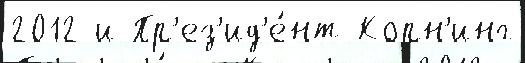
2012 и Пр'ез'ид'е́нт Корн'инг